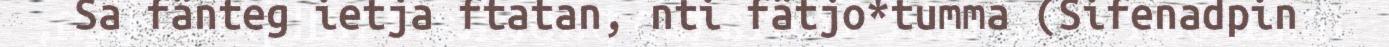
Sa fänteg ietja ftatan, nti fätjo*tumma (Sifenadpin